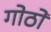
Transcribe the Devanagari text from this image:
गोठों